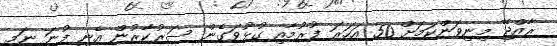
ރާއްޖޭ މިނިވަންކަމަށް 50 އަހަރަ ފުރުމާއި ގުޅުވަގެން ސަރުކާރުން އެނީ ފުނަ ނަމި